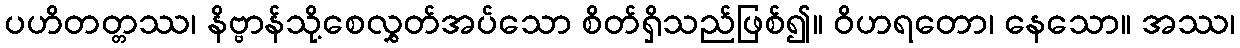
ပဟိတတ္တဿ၊ နိဗ္ဗာန်သို့စေလွှတ်အပ်သော စိတ်ရှိသည်ဖြစ်၍။ ဝိဟရတော၊ နေသော။ အဿ၊